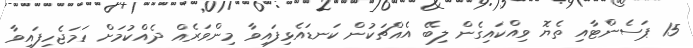
15 ޕަސެންޓާއި ތެޔޮ ވިއްކައިގެން ލިބޭ އެއްޗަކުން ކަނޑައެޅިފައިވާ މިންވަރެއް ދެއްކުމަށް ހަމަޖެހިފައިވާ